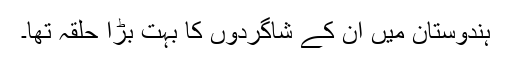
ہندوستان میں ان کے شاگردوں کا بہت بڑا حلقہ تھا۔